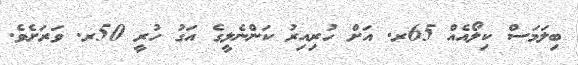
ބިލަމަސް ކިލޯއެއް 65ރ. އަށް ހުރިއިރު ކަންނެލީގެ އަގު ހުރީ 50ރ. ވަރަށެވެ.